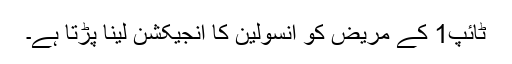
ٹائپ1 کے مریض کو انسولین کا انجیکشن لینا پڑتا ہے۔